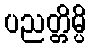
ပညတ္တိမ္ပိ